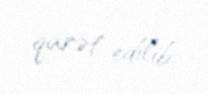
qarət edilib.